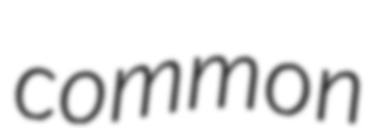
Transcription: common